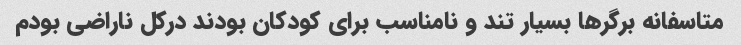
متاسفانه برگرها بسیار تند و نامناسب برای کودکان بودند درکل ناراضی بودم